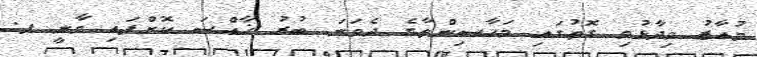
މުއާޒު ވިދާޅުވި ގޮތުގައި މަހާސިންތާގެ ދެވަނަ ބުރު ޚާއްސަ ކޮށްފައި ވާނީ ފ.